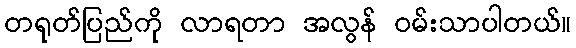
တရုတ်ပြည်ကို လာရတာ အလွန် ဝမ်းသာပါတယ်။